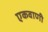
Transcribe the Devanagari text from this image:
एकवाणी